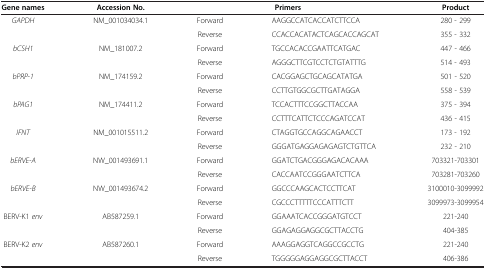
<table><thead><tr><td><b>Gene names</b></td><td><b>Accession No.</b></td><td colspan="2"><b>Primers</b></td><td><b>Product</b></td></tr></thead><tbody><tr><td rowspan="2"><i>GAPDH</i></td><td rowspan="2">NM_001034034.1</td><td>Forward</td><td>AAGGCCATCACCATCTTCCA</td><td>280 - 299</td></tr><tr><td>Reverse</td><td>CCACCACATACTCAGCACCAGCAT</td><td>355 - 332</td></tr><tr><td rowspan="2"><i>bCSH1</i></td><td rowspan="2">NM_181007.2</td><td>Forward</td><td>TGCCACACCGAATTCATGAC</td><td>447 - 466</td></tr><tr><td>Reverse</td><td>AGGGCTTCGTCCTCTGTATTTG</td><td>514 - 493</td></tr><tr><td rowspan="2"><i>bPRP-1</i></td><td rowspan="2">NM_174159.2</td><td>Forward</td><td>CACGGAGCTGCAGCATATGA</td><td>501 - 520</td></tr><tr><td>Reverse</td><td>CCTTGTGGCGCTTGATAGGA</td><td>558 - 539</td></tr><tr><td rowspan="2"><i>bPAG1</i></td><td rowspan="2">NM_174411.2</td><td>Forward</td><td>TCCACTTTCCGGCTTACCAA</td><td>375 - 394</td></tr><tr><td>Reverse</td><td>CCTTTCATTCTCCCAGATCCAT</td><td>436 - 415</td></tr><tr><td rowspan="2"><i>IFNT</i></td><td rowspan="2">NM_001015511.2</td><td>Forward</td><td>CTAGGTGCCAGGCAGAACCT</td><td>173 - 192</td></tr><tr><td>Reverse</td><td>GGGATGAGGAGAGAGTCTGTTCA</td><td>232 - 210</td></tr><tr><td rowspan="2"><i>bERVE-A</i></td><td rowspan="2">NW_001493691.1</td><td>Forward</td><td>GGATCTGACGGGAGACACAAA</td><td>703321-703301</td></tr><tr><td>Reverse</td><td>CACCAATCCGGGAATCTTCA</td><td>703281-703260</td></tr><tr><td rowspan="2"><i>bERVE-B</i></td><td rowspan="2">NW_001493674.2</td><td>Forward</td><td>GGCCCAAGCACTCCTTCAT</td><td>3100010-3099992</td></tr><tr><td>Reverse</td><td>CGCCCTTTTTCCCATTTCTT</td><td>3099973-3099954</td></tr><tr><td rowspan="2">BERV-K1 <i>env</i></td><td rowspan="2">AB587259.1</td><td>Forward</td><td>GGAAATCACCGGGATGTCCT</td><td>221-240</td></tr><tr><td>Reverse</td><td>GGAGAGGAGGCGCTTACCTG</td><td>404-385</td></tr><tr><td>BERV-K2 <i>env</i></td><td>AB587260.1</td><td>Forward</td><td>AAAGGAGGTCAGGCCGCCTG</td><td>221-240</td></tr><tr><td> </td><td> </td><td>Reverse</td><td>TGGGGGAGGAGGCGCTTACCT</td><td>406-386</td></tr></tbody></table>